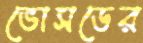
ভোসডের